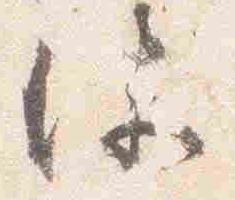
深